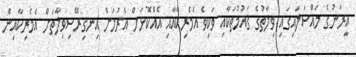
އީރާނުގެ މައްސަލައިގައި ވިލާތުގެ ޤައުމުތަކާއި ވަކިވެ އެމެރިކާއާއި އެއްކޮޅަށް އެރުމަށް އިނގިރޭސިވިލާތަށް އެމެރިކާއިން